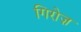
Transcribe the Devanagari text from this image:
गिरोज़